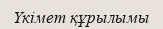
Үкімет құрылымы